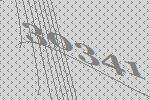
30341